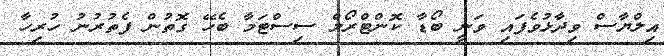
އިލްޔާސް ވިދާޅުވެފައި ވަނީ ބޯޑާ ކޮންޓްރޯލް ސިސްޓަމާ ބެހޭ ގޮތުން ފެތުރުނު ހުރިހާ